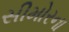
સીમોરના